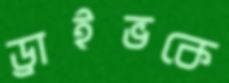
ড্রাইভকে